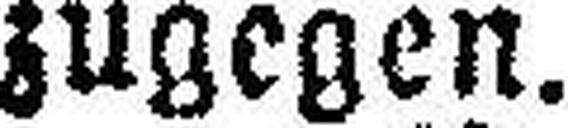
zugegen.